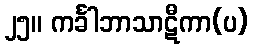
၂၅။ ကင်္ခါဘာသာဋီကာ(ပ)